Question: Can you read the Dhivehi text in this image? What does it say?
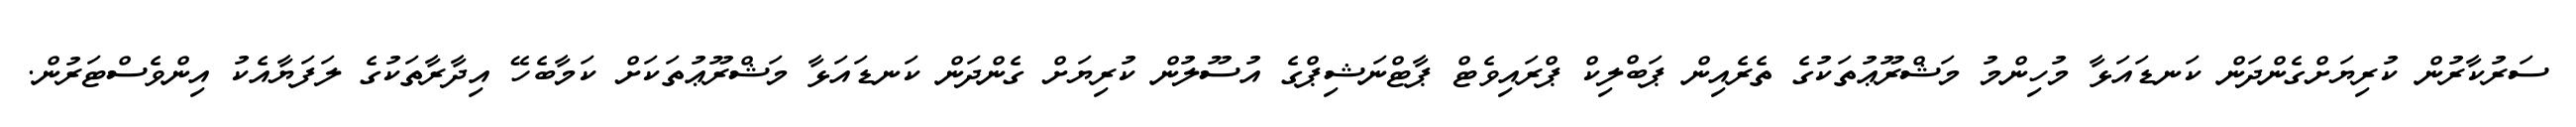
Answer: ސަރުކާރުން ކުރިޔަށްގެންދަން ކަނޑައަޅާ މުހިންމު މަޝްރޫޢުތަކުގެ ތެރެއިން ޕަބްލިކް ޕްރައިވެޓް ޕާޓްނަޝިޕްގެ އުސޫލުން ކުރިޔަށް ގެންދަން ކަނޑައަޅާ މަޝްރޫޢުތަކަށް ކަމާބެހޭ އިދާރާތަކުގެ ލަފަޔާއެކު އިންވެސްޓަރުން.